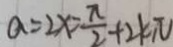
a = 2 x = \frac { \pi } { 2 } + 2 k \pi